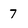
Character: 7